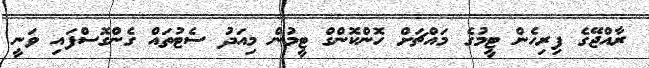
ރާއްޖޭގެ ފިިރިހެން ޓީމުގެ މައްޗަށް ހޮންކޮންގް ޓީމުން މިއަދު ސެޓުތައް ގެންގޮސްފައި ވަނީ